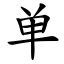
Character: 单